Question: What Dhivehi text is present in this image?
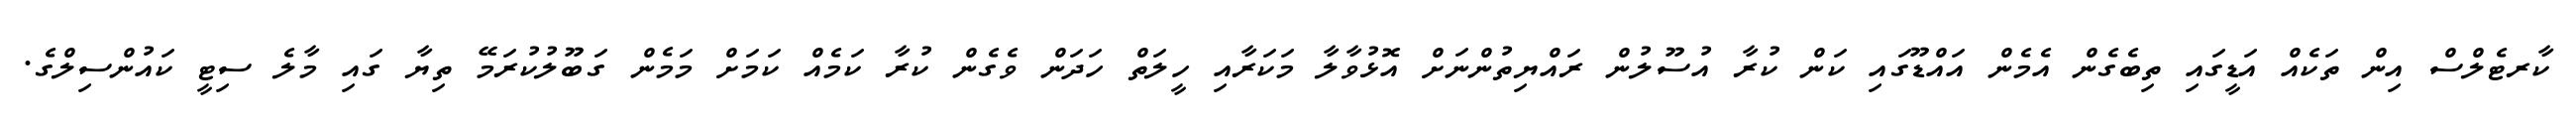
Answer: ކާރޓެލްސް އިން ތަކެއް އަޑީގައި ތިބެގެން އެމެން އައްޑޫގައި ކަން ކުރާ އުސޫލުން ރައްޔިތުންނަށް އޮޅުވާލާ މަކަރާއި ހީލަތް ހަދަން ވެގެން ކުރާ ކަމެއް ކަމަށް މަމެން ގަބޫލުކުރަމޭ ތިޔާ ގައި މާލެ ސިޓީ ކައުންސިލްގެ.